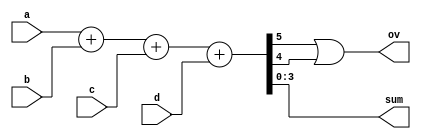
module adder(a, b, c, d, sum, ov);

	input [3:0] a, b, c, d;
	output [3:0] sum;
	output ov;
	wire s5, s4;

	assign {s5, s4, sum} = a + b + c + d;
	assign ov = s5 || s4;
			
endmodule